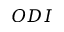
O D I